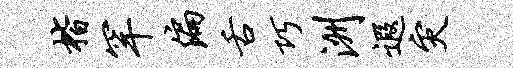
楷罕偏舌巧洲遐灾